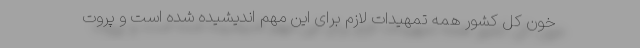
خون کل کشور همه تمهیدات لازم برای این مهم اندیشیده شده است و پروت